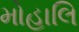
મોહાલિ